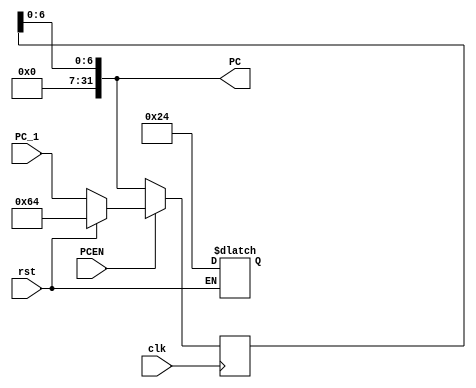
`timescale 1ns / 1ps
//////////////////////////////////////////////////////////////////////////////////
// Company: 
// Engineer: 
// 
// Design Name: 
// Module Name: program_counter
// Project Name: 
// Target Devices: 
// Tool Versions: 
// Description: 
// 
// Dependencies: 
// 
// Revision:
// Revision 0.01 - File Created
// Additional Comments:
// 
//////////////////////////////////////////////////////////////////////////////////


module program_counter 
/*** PARAMETERS ***/
#(parameter
    DATA_WL     = 32,
    ADDR_RF_WL  = 5,
    ADDR_MEM    = 32,
    IMMED_WL    = 16,
    JUMP_WL     = 26
)
/*** IN/OUT ***/
(
    // IN
    input                           PCEN,
                                    clk,
                                    rst,
    input [ADDR_MEM - 1 : 0]        PC_1,
    // OUT
    output [ADDR_MEM - 1 : 0]   PC
);

    reg [ADDR_MEM - 1 : 0] pc_reg1, pc_reg0;
    /* Why 100: I experienced an error, when adding immed with $0.  $0 is meant to be solely zero.  
     * I initialized $0 in the regfile to be 19 to read where I stored my default values for the assignment
     * I shifted the instructions 101 rows in the .mem files so program must start at [101 - 1]
     */
    initial 
    begin
        pc_reg1 = 100;
        pc_reg0 = 100;
    end
    
    //always block when rst is true
    always @(*)
    begin
        if(rst) 
        begin
            pc_reg0 = 100;
            pc_reg1 = 100;
        end
        else pc_reg0 = PC_1;
    end
    
    //always block for passing pc = pc + 1
    always @(posedge clk)
    begin
        if(PCEN) pc_reg1 <= pc_reg0; // pc_reg0 will have pc + 1 regardless of the pcen
    end
    
    assign PC = pc_reg1;
endmodule